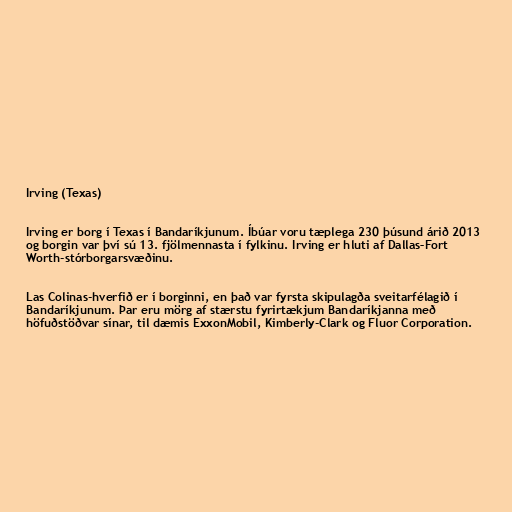
Irving (Texas)

Irving er borg í Texas í Bandaríkjunum. Íbúar voru tæplega 230 þúsund árið 2013
og borgin var því sú 13. fjölmennasta í fylkinu. Irving er hluti af Dallas–Fort
Worth-stórborgarsvæðinu.

Las Colinas-hverfið er í borginni, en það var fyrsta skipulagða sveitarfélagið í
Bandaríkjunum. Þar eru mörg af stærstu fyrirtækjum Bandaríkjanna með
höfuðstöðvar sínar, til dæmis ExxonMobil, Kimberly-Clark og Fluor Corporation.